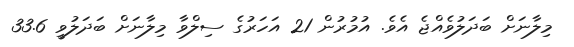
މިލާނަށް ބަދަލުވެއްޖެ އެވެ. އުމުރުން 21 އަހަރުގެ ސިލްވާ މިލާނަށް ބަދަލުވީ 33.6